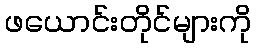
ဖယောင်းတိုင်များကို